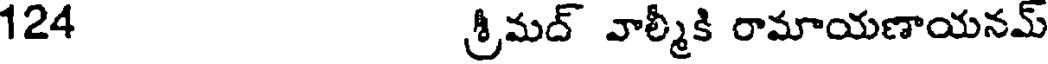
124 శ్రీమద్ వాల్మీకి రామాయణాయనమ్